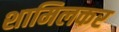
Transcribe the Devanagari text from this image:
शामिलकर